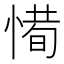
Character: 𢞧